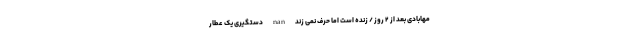
مهابادی بعد از ٢ روز / زنده است اما حرف نمی زند nan دستگیری یک عطار